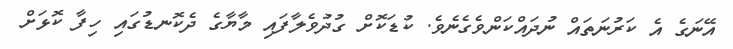
އޭނަގެ އެ ކަރުނަތައް ނުދައްކަންވެގެނެވެ. ކުޑަކޮށް ގުދުވެލާފައި މާޔާގެ ދެކޮނޑުގައި ހިފާ ކޮޅަށް